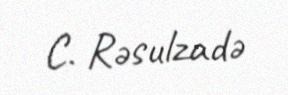
C. Rəsulzadə